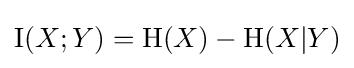
\operatorname {I} (X;Y)=\mathrm {H} (X)-\mathrm {H} (X|Y)